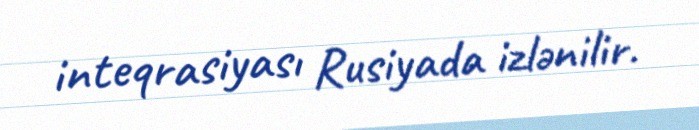
inteqrasiyası Rusiyada izlənilir.